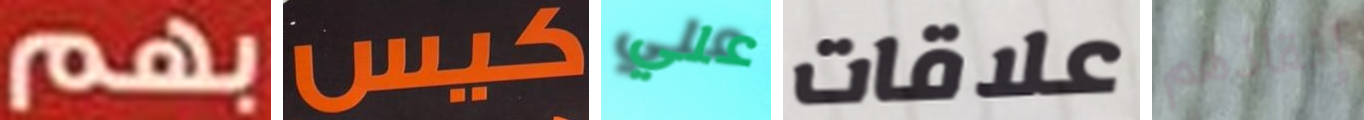
بهم كيس علي علاقات إنقاذهم